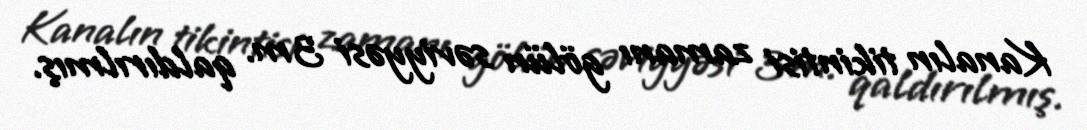
Kanalın tikintisi zamanı gölün səviyyəsi 3 m. qaldırılmış.